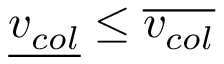
{ \underline { { v _ { c o l } } } } \leq { \overline { { v _ { c o l } } } }